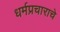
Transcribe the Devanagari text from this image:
धर्मप्रचाराचे